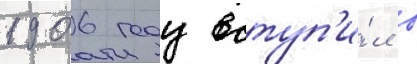
1906 году вступ'и́л в